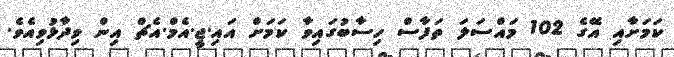
ކަމަށާއި އޭގެ 102 މައްސަލަ ތަފާސް ހިސާބުގައިވާ ކަމަށް އައި.ޖީ.އެމް.އެޗް އިން ވިދާޅުވިއެވެ.